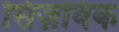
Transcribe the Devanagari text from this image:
सिज़विक